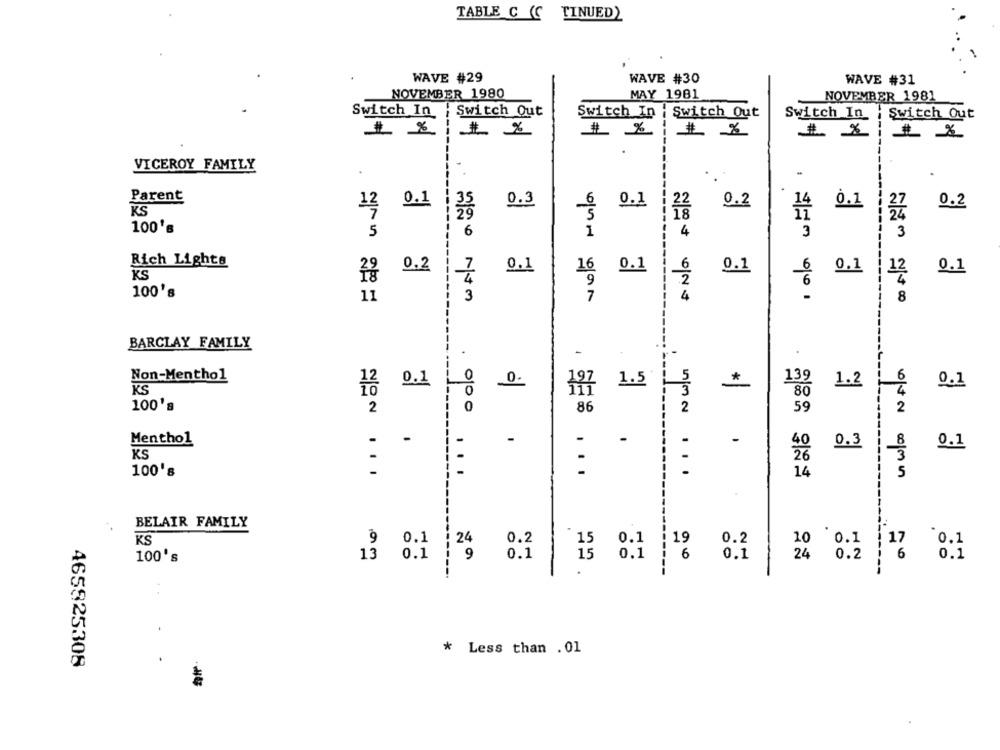
TABLE C (C TINUED)
WAVE #29
WAVE #30
WAVE #31
NOVEMBER 1980
MAY 1981
NOVEMBER 1981
Switch In | Switch Out
Switch In | Switch Out
Switch In
Switch Out
# %
# 2
VICEROY FAMILY
-
Parent
0.3
0.2
KS
12 0.1
0.1
: 22
14
0.1
: 27
0.2
7
100's
5
6
1
4
3
3
Rich Lights
0.2
0.1
16
0.1
0.1
0.1
0.1
9
100's
11
3
7
4
8
BARCLAY FAMILY
-
6
Non-Menthol
0
1.5
139
1.2
KS
0.
*
0.1
111
80
100's
2
0
86
2
59
2
a
.000
Menthol
.
-
-
-
-
-
0.3
0.1
KS
26
-
100's
-
532 ...
14
5
BELAIR FAMILY
:24
0.2
0.1
10 0.1
`0.1
KS
9 0.1
15
0.2
0.1
0.1
19
0.2
1 17
100's
13
0.1
0.1
24
0.1
------
------
-----
* Less than . 01
465925308